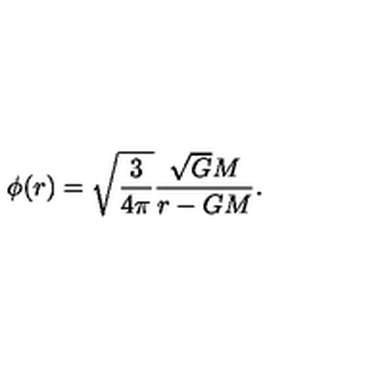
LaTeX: \phi ( r ) = \sqrt { \frac { 3 } { 4 \pi } } \frac { \sqrt { G } M } { r - G M } .